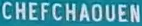
CHEFCHAOUEN